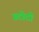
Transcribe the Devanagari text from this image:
उटोटो